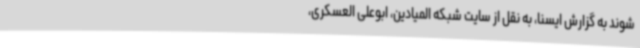
شوند به گزارش ایسنا، به نقل از سایت شبکه المیادین، ابوعلی العسکری،